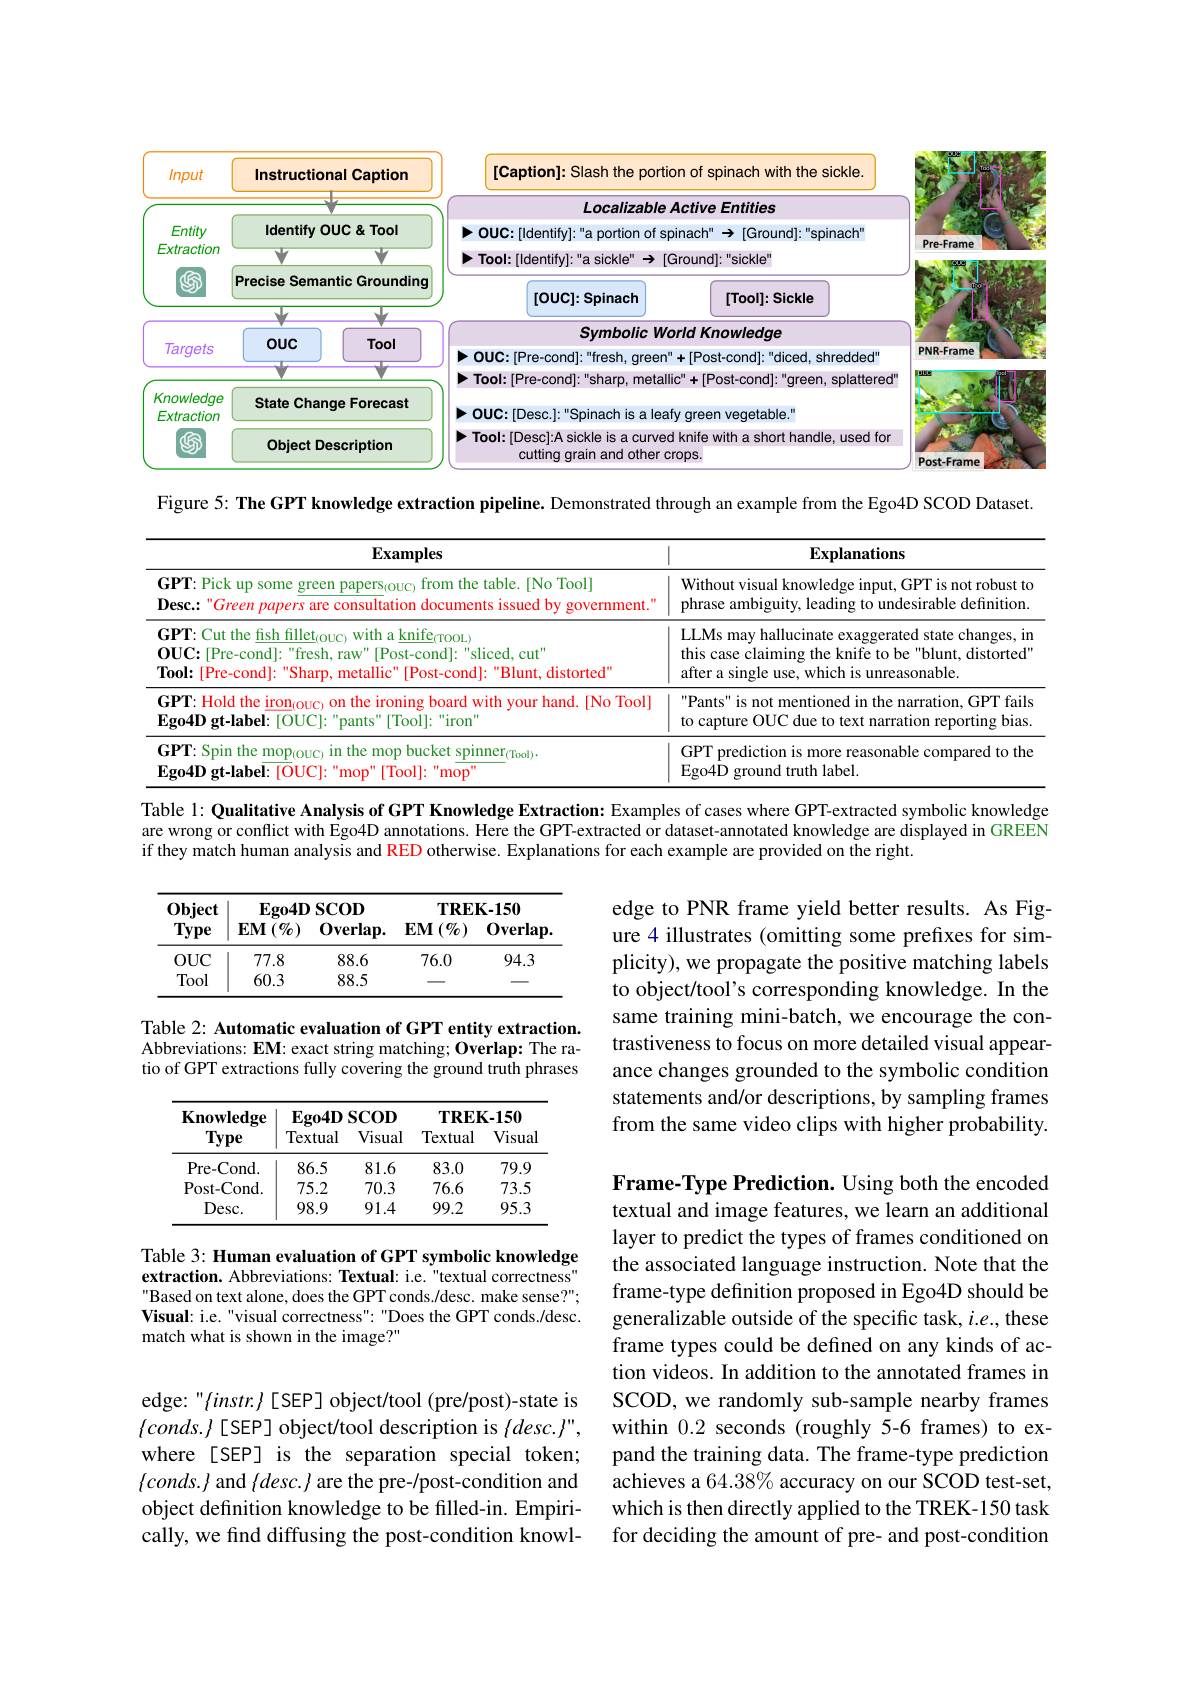
<FigureHere>

Figure 5: The GPT knowledge extraction pipeline. Demonstrated through an example from the Ego4D SCOD Dataset.

<table>
	<tbody>
		<tr>
			<th>$\mathbf{Examples}$</th>
			<th>Explanations</th>
		</tr>
		<tr>
			<td>$\mathbf{GPT:Pickupsome~green~papers}_{(\mathrm{OUC)}}$ from the table.[No Tool] $\textbf{Desc:"Green papers are consultation documents issued by government.}^{\prime}$</td>
			<td>Without visual knowledge input, GPT is not robust to phrase ambiguity, leading to undesirable definition.</td>
		</tr>
		<tr>
			<td>$\mathbf{GPT:Cut~the~fish~fillet}_{(\mathrm{OUC)}}$ with a knife$_($TOOL) $\mathbf{OUC:[Pre-cond]:~"fresh,~raw"~[Post-cond]:~"sliced,~cut"}$ Tool: [Pre-cond]: "Sharp, metallic" [Post-cond]: "Blunt, distorted"</td>
			<td>LLMs may hallucinate exaggerated state changes, ir this case claiming the knife to be "blunt, distorted' after a single use, which is unreasonable.</td>
		</tr>
		<tr>
			<td>GPT: Hold the iron$_{(\mathrm{OUC})}$ on the ironing board with your hand.[No Tool] $\mathbf{Ego4D}$ gt-label: [OUC]: "pants" [Tool]: "iron'</td>
			<td>Pants" is not mentioned in the narration, GPT fails to capture OUC due to text narration reporting bias</td>
		</tr>
		<tr>
			<td>$\mathbf{GPT:Spin~the~mop}_{(\mathrm{OUC)}}$ in the mop bucket spinner$_{(\mathrm{Tool})}.$ $\mathbf{F}_{904D}$ gt-label: [OUCl: " mop" [ Tool] : " mop $\cdot$</td>
			<td>GPT prediction is more reasonable compared to the Ego4D ground truth label.</td>
		</tr>
	</tbody>
</table>

Table 1: Qualitative Analysis of GPT Knowledge Extraction: Examples of cases where GPT-extracted symbolic knowledge are wrong or conflict with Ego4D annotations. Here the GPT-extracted or dataset-annotated knowledge are displayed in GREEN if they match human analysis and RED otherwise. Explanations for each example are provided on the right.

<table>
	<tbody>
		<tr>
			<th>$0bject$ Type</th>
			<th>$Ego4D$ $\mathbf{EM}\left({\mathcal{O}}_{0}\right)$</th>
			<th>$\mathbf{SCOD}$ 0verlap.</th>
			<th>$TRE$ $\mathbf{EM}\left({\mathcal{O}}\right)$</th>
			<th>$K-150$ 0verlap</th>
		</tr>
		<tr>
			<td>$OUC$</td>
			<td>77.8</td>
			<td>88.6</td>
			<td>76.0</td>
			<td>94.3</td>
		</tr>
		<tr>
			<td>Tool</td>
			<td>60.3</td>
			<td>88.5</td>
			<td> </td>
			<td> </td>
		</tr>
	</tbody>
</table>

edge to PNR frame yield better results. As Figure 4 illustrates (omitting some prefixes for simplicity), we propagate the positive matching labels to object/tool's corresponding knowledge. In the same training mini-batch, we encourage the contrastiveness to focus on more detailed visual appearance changes grounded to the symbolic condition statements and/or descriptions, by sampling frames from the same video clips with higher probability.

Table 2: Automatic evaluation of GPT entity extraction.

Abbreviations: EM: exact string matching; Overlap: The ra-

tio of GPT extractions fully covering the ground truth phrases

<table>
	<tbody>
		<tr>
			<th>Knowledge Type</th>
			<th>$Ego4D$ Textual</th>
			<th>$\mathbf{SCOD}$ Visual</th>
			<th>$TREF$ Textual</th>
			<th>$\zeta-150$ Visua</th>
		</tr>
		<tr>
			<td>Pre- Cond.</td>
			<td>86.5</td>
			<td>81.6</td>
			<td>83.0</td>
			<td>79.9</td>
		</tr>
		<tr>
			<td>Post- Cond.</td>
			<td>75.2</td>
			<td>70.3</td>
			<td>76.6</td>
			<td>73.5</td>
		</tr>
		<tr>
			<td>$Desc.$</td>
			<td>98.9</td>
			<td>91.4</td>
			<td>99.2</td>
			<td>95.3</td>
		</tr>
	</tbody>
</table>

Table 3: Human evaluation of GPT symbolic knowledge extraction. Abbreviations: Textual: i.e."textual correctness" Based on text alone, does the GPT conds./desc. make sense?" Visual: i.e."visual correctness" "Does the GPT conds./desc. match what is shown in the image?"

Frame-Type Prediction. Using both the encoded textual and image features, we learn an additional layer to predict the types of frames conditioned on the associated language instruction. Note that the frame-type definition proposed in Ego4D should be generalizable outside of the specific task, $i.e.$, these frame types could be defined on any kinds of action videos. In addition to the annotated frames in SCOD, we randomly sub-sample nearby frames within 0.2 seconds (roughly 5-6 frames) to expand the training data. The frame-type prediction achieves a 64.38% accuracy on our SCOD test-set, which is then directly applied to the TREK-150 task for deciding the amount of pre- and post-condition

edge: "$\{instr.\}$ [SEP] object/tool (pre/post)-state is $\{conds.\}[SEP]$ object/tool description is{desc.}", where[SEP] is the separation special token; $\{conds.\}$ and $\{desc.\}$ are the pre-/post-condition and object definition knowledge to be filled-in. Empirically, we find diffusing the post-condition knowl-